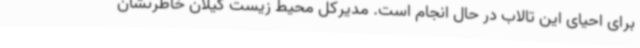
برای احیای این تالاب در حال انجام است. مدیرکل محیط زیست گیلان خاطرنشان